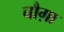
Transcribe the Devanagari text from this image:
चौग़ा